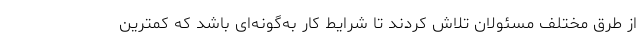
از طرق مختلف مسئولان تلاش کردند تا شرایط کار به‌گونه‌ای باشد که کمترین